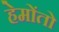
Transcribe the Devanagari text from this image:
हेमोंतो